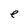
Character: e